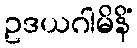
ဥဒယဂါမိနိံ